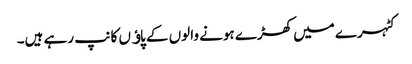
کٹہرے میں کھڑے ہونے والوں کے پاﺅں کانپ رہے ہیں۔